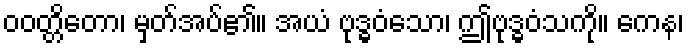
ဝဝတ္တိတော၊ မှတ်အပ်၏။ အယံ ဗုဒ္ဓဝံသော၊ ဤဗုဒ္ဓဝံသကို။ ကေန၊